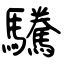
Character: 驣